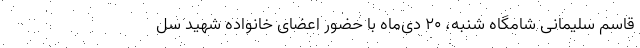
قاسم سلیمانی شامگاه شنبه، ۲۰ دی‌ماه با حضور اعضای خانواده شهید سل